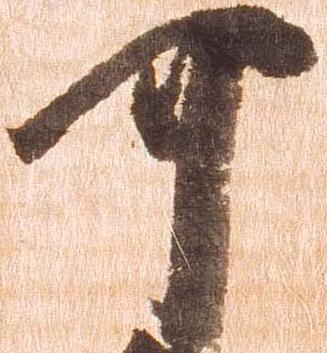
可